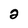
Character: 2